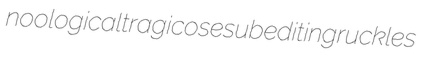
noological tragicose subediting ruckles